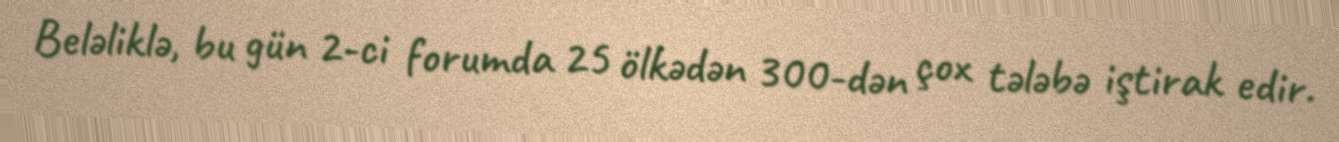
Beləliklə, bu gün 2-ci forumda 25 ölkədən 300-dən çox tələbə iştirak edir.